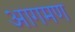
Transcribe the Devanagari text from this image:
आगमण